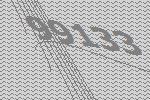
99133